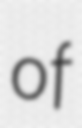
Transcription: of